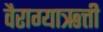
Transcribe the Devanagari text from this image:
वैराग्याऋत्ती